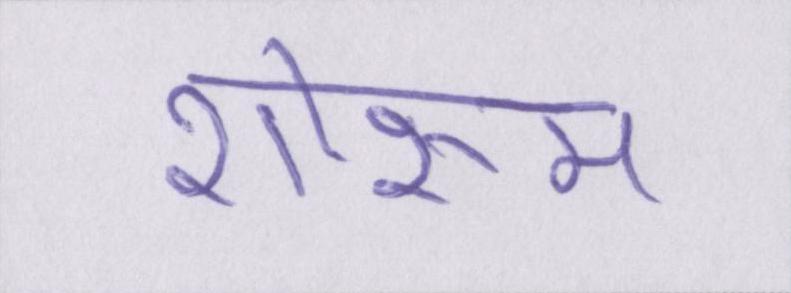
शोरूम